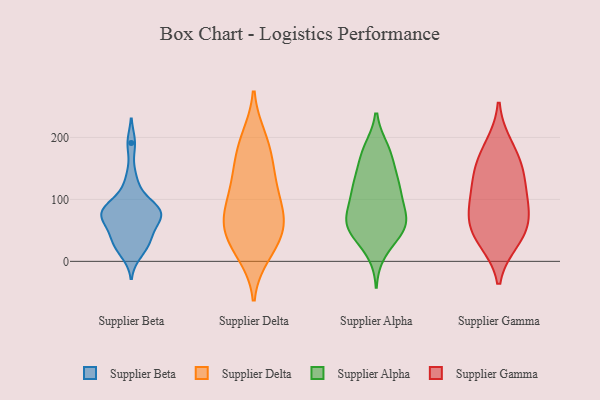
{"axis": {"x": "Tickets Resolved", "y": "Value"}, "legend": ["Supplier Alpha", "Supplier Beta", "Supplier Delta", "Supplier Gamma"], "data": [{"x": "", "y": 78, "type": "Supplier Beta"}, {"x": "", "y": 77, "type": "Supplier Beta"}, {"x": "", "y": 69, "type": "Supplier Beta"}, {"x": "", "y": 191, "type": "Supplier Beta"}, {"x": "", "y": 81, "type": "Supplier Beta"}, {"x": "", "y": 91, "type": "Supplier Beta"}, {"x": "", "y": 29, "type": "Supplier Beta"}, {"x": "", "y": 135, "type": "Supplier Beta"}, {"x": "", "y": 11, "type": "Supplier Beta"}, {"x": "", "y": 25, "type": "Supplier Beta"}, {"x": "", "y": 48, "type": "Supplier Beta"}, {"x": "", "y": 107, "type": "Supplier Beta"}, {"x": "", "y": 78, "type": "Supplier Beta"}, {"x": "", "y": 36, "type": "Supplier Beta"}, {"x": "", "y": 80, "type": "Supplier Beta"}, {"x": "", "y": 56, "type": "Supplier Beta"}, {"x": "", "y": 196, "type": "Supplier Delta"}, {"x": "", "y": 63, "type": "Supplier Delta"}, {"x": "", "y": 155, "type": "Supplier Delta"}, {"x": "", "y": 107, "type": "Supplier Delta"}, {"x": "", "y": 168, "type": "Supplier Delta"}, {"x": "", "y": 11, "type": "Supplier Delta"}, {"x": "", "y": 200, "type": "Supplier Delta"}, {"x": "", "y": 52, "type": "Supplier Delta"}, {"x": "", "y": 90, "type": "Supplier Delta"}, {"x": "", "y": 32, "type": "Supplier Delta"}, {"x": "", "y": 69, "type": "Supplier Delta"}, {"x": "", "y": 74, "type": "Supplier Delta"}, {"x": "", "y": 50, "type": "Supplier Delta"}, {"x": "", "y": 120, "type": "Supplier Delta"}, {"x": "", "y": 18, "type": "Supplier Delta"}, {"x": "", "y": 136, "type": "Supplier Delta"}, {"x": "", "y": 121, "type": "Supplier Alpha"}, {"x": "", "y": 181, "type": "Supplier Alpha"}, {"x": "", "y": 70, "type": "Supplier Alpha"}, {"x": "", "y": 61, "type": "Supplier Alpha"}, {"x": "", "y": 170, "type": "Supplier Alpha"}, {"x": "", "y": 154, "type": "Supplier Alpha"}, {"x": "", "y": 128, "type": "Supplier Alpha"}, {"x": "", "y": 61, "type": "Supplier Alpha"}, {"x": "", "y": 84, "type": "Supplier Alpha"}, {"x": "", "y": 120, "type": "Supplier Alpha"}, {"x": "", "y": 48, "type": "Supplier Alpha"}, {"x": "", "y": 60, "type": "Supplier Alpha"}, {"x": "", "y": 181, "type": "Supplier Alpha"}, {"x": "", "y": 77, "type": "Supplier Alpha"}, {"x": "", "y": 15, "type": "Supplier Alpha"}, {"x": "", "y": 115, "type": "Supplier Alpha"}, {"x": "", "y": 53, "type": "Supplier Alpha"}, {"x": "", "y": 112, "type": "Supplier Alpha"}, {"x": "", "y": 41, "type": "Supplier Alpha"}, {"x": "", "y": 43, "type": "Supplier Gamma"}, {"x": "", "y": 82, "type": "Supplier Gamma"}, {"x": "", "y": 138, "type": "Supplier Gamma"}, {"x": "", "y": 81, "type": "Supplier Gamma"}, {"x": "", "y": 34, "type": "Supplier Gamma"}, {"x": "", "y": 186, "type": "Supplier Gamma"}, {"x": "", "y": 135, "type": "Supplier Gamma"}, {"x": "", "y": 163, "type": "Supplier Gamma"}, {"x": "", "y": 101, "type": "Supplier Gamma"}, {"x": "", "y": 50, "type": "Supplier Gamma"}]}